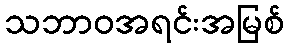
သဘာဝအရင်းအမြစ်